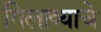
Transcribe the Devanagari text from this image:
गिलाव्याचे